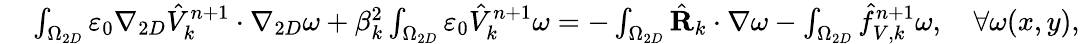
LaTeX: \begin{array}{rl}{\small}&{{}\int_{\Omega_{2D}}\varepsilon_{0}\nabla_{2D}\hat{V}_{k}^{n+1}\cdot\nabla_{2D}\omega+\beta_{k}^{2}\int_{\Omega_{2D}}\varepsilon_{0}\hat{V}_{k}^{n+1}\omega=-\int_{\Omega_{2D}}\hat{\textbf{R}}_{k}\cdot\nabla\omega-\int_{\Omega_{2D}}\hat{f}_{V,k}^{n+1}\omega,\quad\forall\omega(x,y),}\end{array}